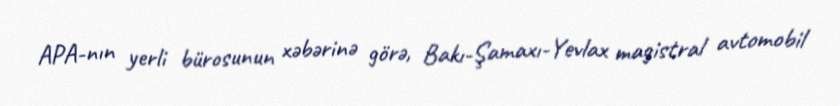
APA-nın yerli bürosunun xəbərinə görə, Bakı-Şamaxı-Yevlax magistral avtomobil